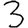
Digit: 3